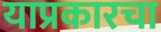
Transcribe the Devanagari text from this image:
याप्रकारचा